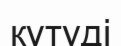
күтуді